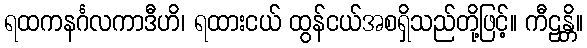
ရထကနင်္ဂလကာဒီဟိ၊ ရထားငယ် ထွန်ငယ်အစရှိသည်တို့ဖြင့်။ ကီဠန္တိ။